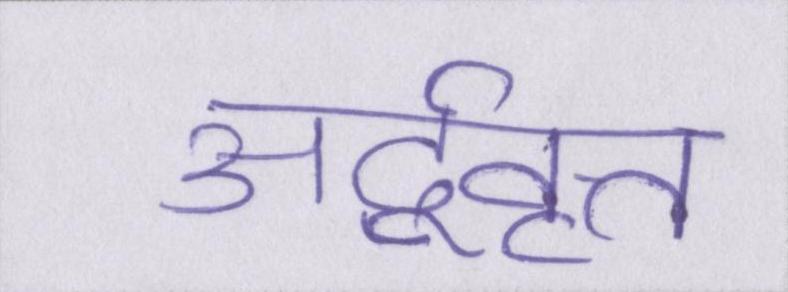
अर्द्ववृत्त